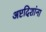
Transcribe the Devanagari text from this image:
अष्टदिशांना